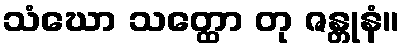
သံဃော သတ္ထော တု ဇန္တုနံ။